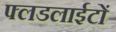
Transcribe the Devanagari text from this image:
फ्लडलाईटों